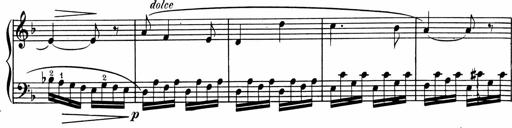
Title: 1Ã¨re Sonatine
Composer: FrÃ©dÃ©ric Binet